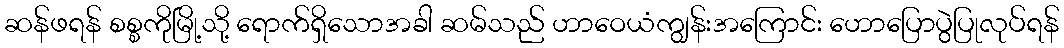
ဆန်ဖရန် စစ္စကိုမြို့သို့ ရောက်ရှိသောအခါ ဆမ်သည် ဟာဝေယံကျွန်းအကြောင်း ဟောပြောပွဲပြုလုပ်ရန်